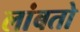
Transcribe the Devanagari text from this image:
लांबतो